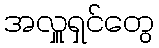
အလှူရှင်တွေ